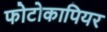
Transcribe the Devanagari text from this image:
फोटोकापियर